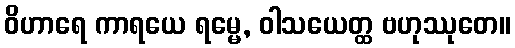
ဝိဟာရေ ကာရယေ ရမ္မေ, ဝါသယေတ္ထ ဗဟုဿုတေ။